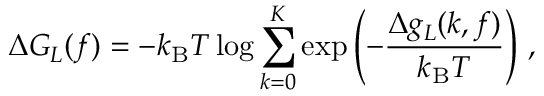
\Delta G _ { L } ( f ) = - k _ { \mathrm { B } } T \log \sum _ { k = 0 } ^ { K } \exp \left( - \frac { \Delta g _ { L } ( k , f ) } { k _ { \mathrm { B } } T } \right) \, ,